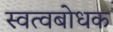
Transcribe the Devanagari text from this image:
स्वत्वबोधक